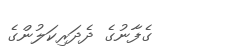
ގެފާނުގެ ދެދަރިކަލުންގެ